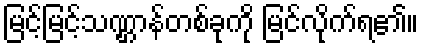
မြင့်မြင့်သဏ္ဌာန်တစ်ခုကို မြင်လိုက်ရ၏။